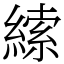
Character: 䌇